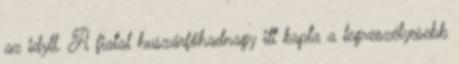
az idyll. A fiatal huszárfőhadnagy itt kapta a legveszélyesebb